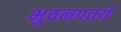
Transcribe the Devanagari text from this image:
भुवनपतये